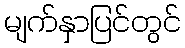
မျက်နှာပြင်တွင်